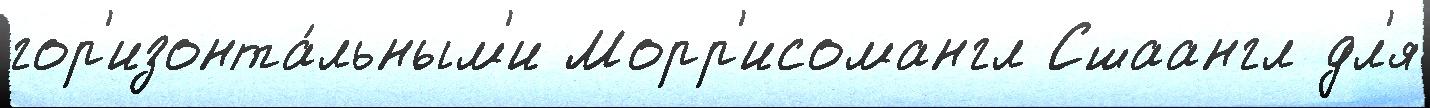
гор'изонта́льным'и Морр'исомангл Сшаангл дл'я